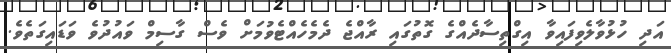
އަދި ހުޅުވާލެވިފައިވާ އިގްތިސާދެއްގެ ގޮތުގައި ރާއްޖެ ދެމެހެއްޓެވުމަށް ވެސް ގާސިމް ވައުދުވެ ވަޑައިގަތެވެ.